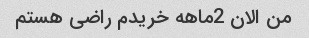
من الان 2ماهه خریدم راضی هستم